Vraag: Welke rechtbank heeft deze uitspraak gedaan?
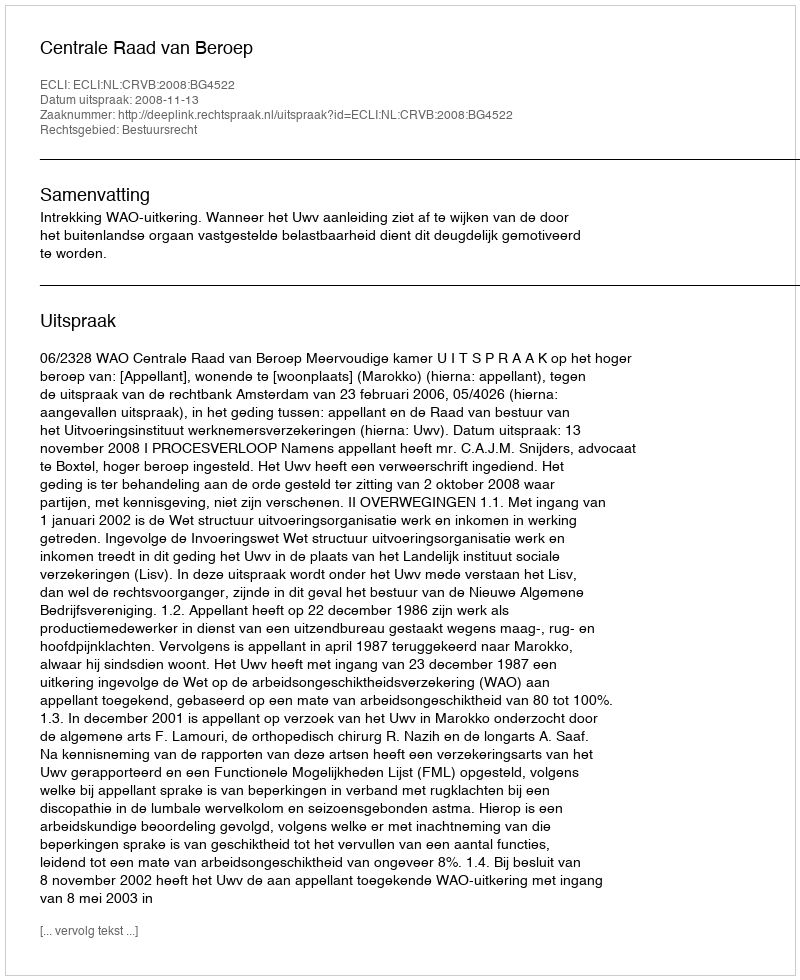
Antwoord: Centrale Raad van Beroep